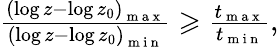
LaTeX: \begin{array}{r}{\frac{\left(\log z-\log z_{0}\right)_{\mathrm{~m~a~x~}}}{\left(\log z-\log z_{0}\right)_{\mathrm{~m~i~n~}}}\geqslant\frac{t_{\mathrm{~m~a~x~}}}{t_{\mathrm{~m~i~n~}}},}\end{array}